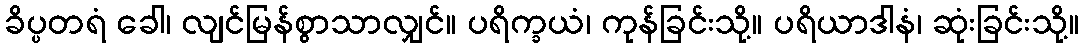
ခိပ္ပတရံ ခေါ၊ လျင်မြန်စွာသာလျှင်။ ပရိက္ခယံ၊ ကုန်ခြင်းသို့။ ပရိယာဒါနံ၊ ဆုံးခြင်းသို့။